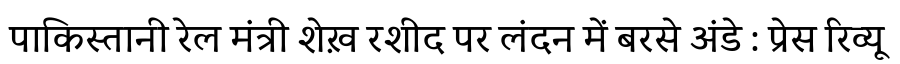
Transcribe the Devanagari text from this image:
पाकिस्तानी रेल मंत्री शेख़ रशीद पर लंदन में बरसे अंडे : प्रेस रिव्यू